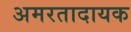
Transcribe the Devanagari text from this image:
अमरतादायक